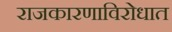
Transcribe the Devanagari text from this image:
राजकारणाविरोधात